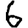
Digit: 6